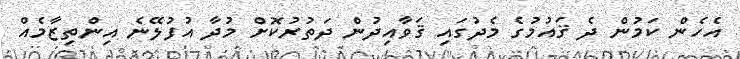
އެހެން ކަމުން ދެ ޤައުމުގެ މެދުގައި ޤަވާއިދުން ދަތުރުކޮށް މުދާ އުފުލޭނެ އިންތިޒާމެއް